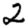
Digit: 2